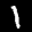
Label: 1